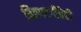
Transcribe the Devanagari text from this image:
चित्रपटगीतेही